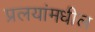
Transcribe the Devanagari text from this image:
प्रलयांमधील